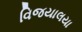
વિજયાલયા